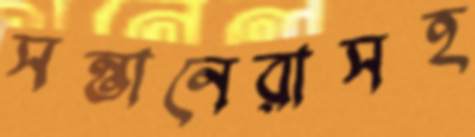
সন্তানেরাসহ